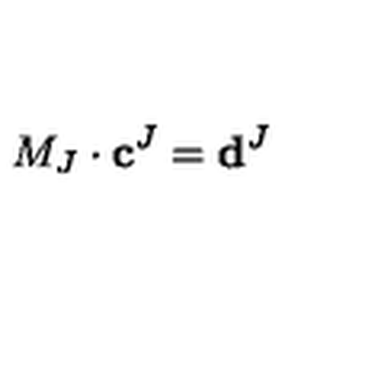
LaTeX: M _ { J } \cdot \mathbf { c } ^ { J } = \mathbf { d } ^ { J }